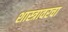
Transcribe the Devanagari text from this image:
शास्त्रावरचा